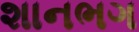
શાનભગ